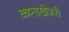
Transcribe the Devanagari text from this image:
कानाखेजरी